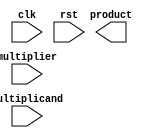
module sequential_booth_multiplier (
    input wire clk,
    input wire rst,
    input wire [7:0] multiplicand,
    input wire [7:0] multiplier,
    output reg [15:0] product
);

reg [7:0] partial_product;
reg [15:0] accum;

always @(posedge clk or posedge rst) begin
    if (rst) begin
        accum <= 16'b0;
    end else begin
        accum <= accum + partial_product;
    end
end

always @(posedge clk or posedge rst) begin
    if (rst) begin
        partial_product <= 8'b0;
    end else begin
        partial_product <= multiplier * multiplicand;
    end
end

endmodule